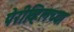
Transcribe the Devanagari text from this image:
पेरीव्हिलच्या